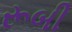
રૂબી